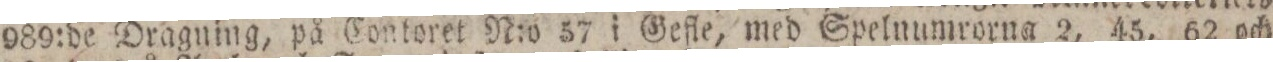
989:de Dragning, på Contoret N:o 57 i Gefle, med Spelnumrorna 2, 45, 62 och